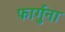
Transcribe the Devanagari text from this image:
फार्गुना